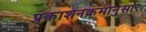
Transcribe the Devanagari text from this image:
प्रकाशनक्रमानुसार